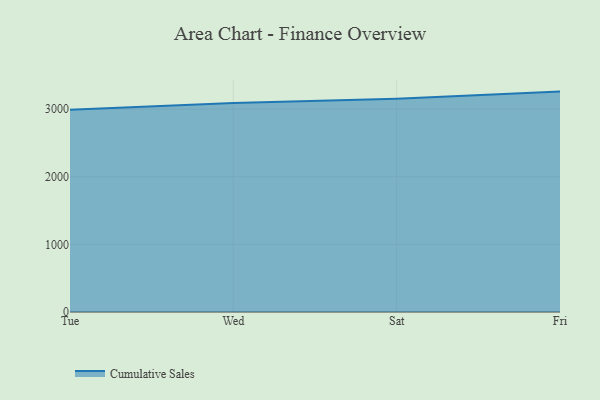
{"axis": {"x": "Day", "y": "LTV (USD)"}, "legend": ["Cumulative Sales"], "data": [{"x": "Tue", "y": 2991.6, "type": "Cumulative Sales"}, {"x": "Wed", "y": 3091.2, "type": "Cumulative Sales"}, {"x": "Sat", "y": 3155.4, "type": "Cumulative Sales"}, {"x": "Fri", "y": 3259.7, "type": "Cumulative Sales"}]}